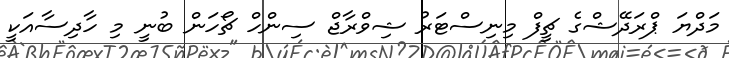
މަދްޔަ ޕްރަދޭޝްގެ ޗީފް މިނިސްޓަރު ޝިވްރާޖް ސިންހް ޗޯހަން ބުނީ މި ހާދިސާއަކީ